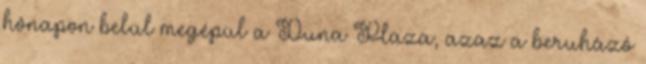
hónapon belül megépül a Duna Plaza, azaz a beruházó